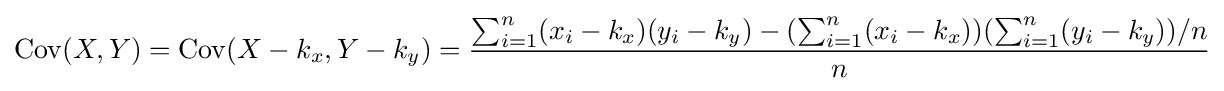
\operatorname {Cov} (X,Y)=\operatorname {Cov} (X-k_{x},Y-k_{y})={\dfrac {\sum _{i=1}^{n}(x_{i}-k_{x})(y_{i}-k_{y})-(\sum _{i=1}^{n}(x_{i}-k_{x}))(\sum _{i=1}^{n}(y_{i}-k_{y}))/n}{n}}